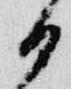
日